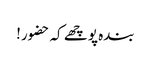
بندہ پوچھے کہ حضور!